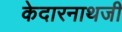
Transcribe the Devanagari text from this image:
केदारनाथजी